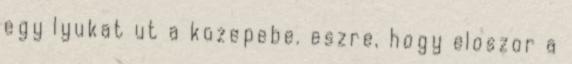
egy lyukat ut a kozepebe. eszre, hogy eloszor a